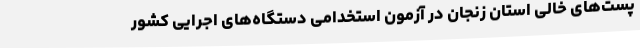
پست‌های خالی استان زنجان در آزمون استخدامی دستگاه‌های اجرایی کشور